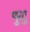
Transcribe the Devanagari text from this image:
फुटु